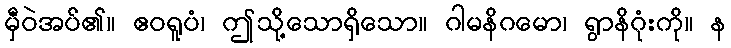
မှီဝဲအပ်၏။ ဧဝရူပံ၊ ဤသို့သောရှိသော။ ဂါမနိဂမော၊ ရွာနိဂုံးကို။ န